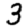
Digit: 3